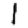
Digit: 1